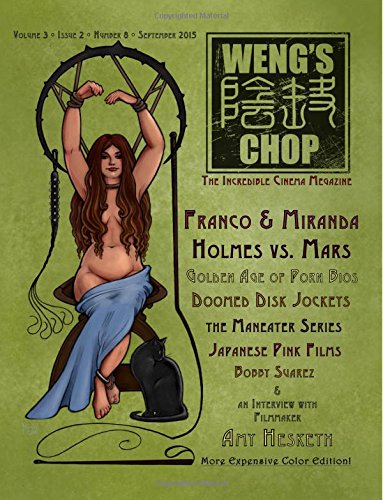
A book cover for Weng's Chop #8: More Expensive Color Edition; Brian Harris; Humor & Entertainment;